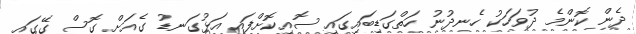
ދެން ކޮންމެ ދުވަހަކު ހެނދުނު ހަތްގަޑިބައިގައި ސޮއިކޮށްފައި އަޅުގަނޑު ގެއަށް ގޮސް ގޭގައި